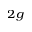
_ { 2 g }